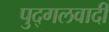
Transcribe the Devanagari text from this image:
पुद्गलवादी